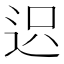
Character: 𨒅